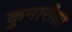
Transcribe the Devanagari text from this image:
कुमारीका